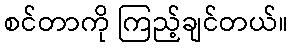
စင်တာကို ကြည့်ချင်တယ်။